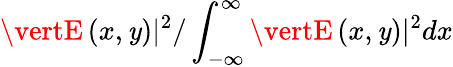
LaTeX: \vertE\left(x,\mathit{y}\right)\vert^{2}/\int_{-\infty}^{\infty}\vertE\left(x,\mathit{y}\right)\vert^{2}dx